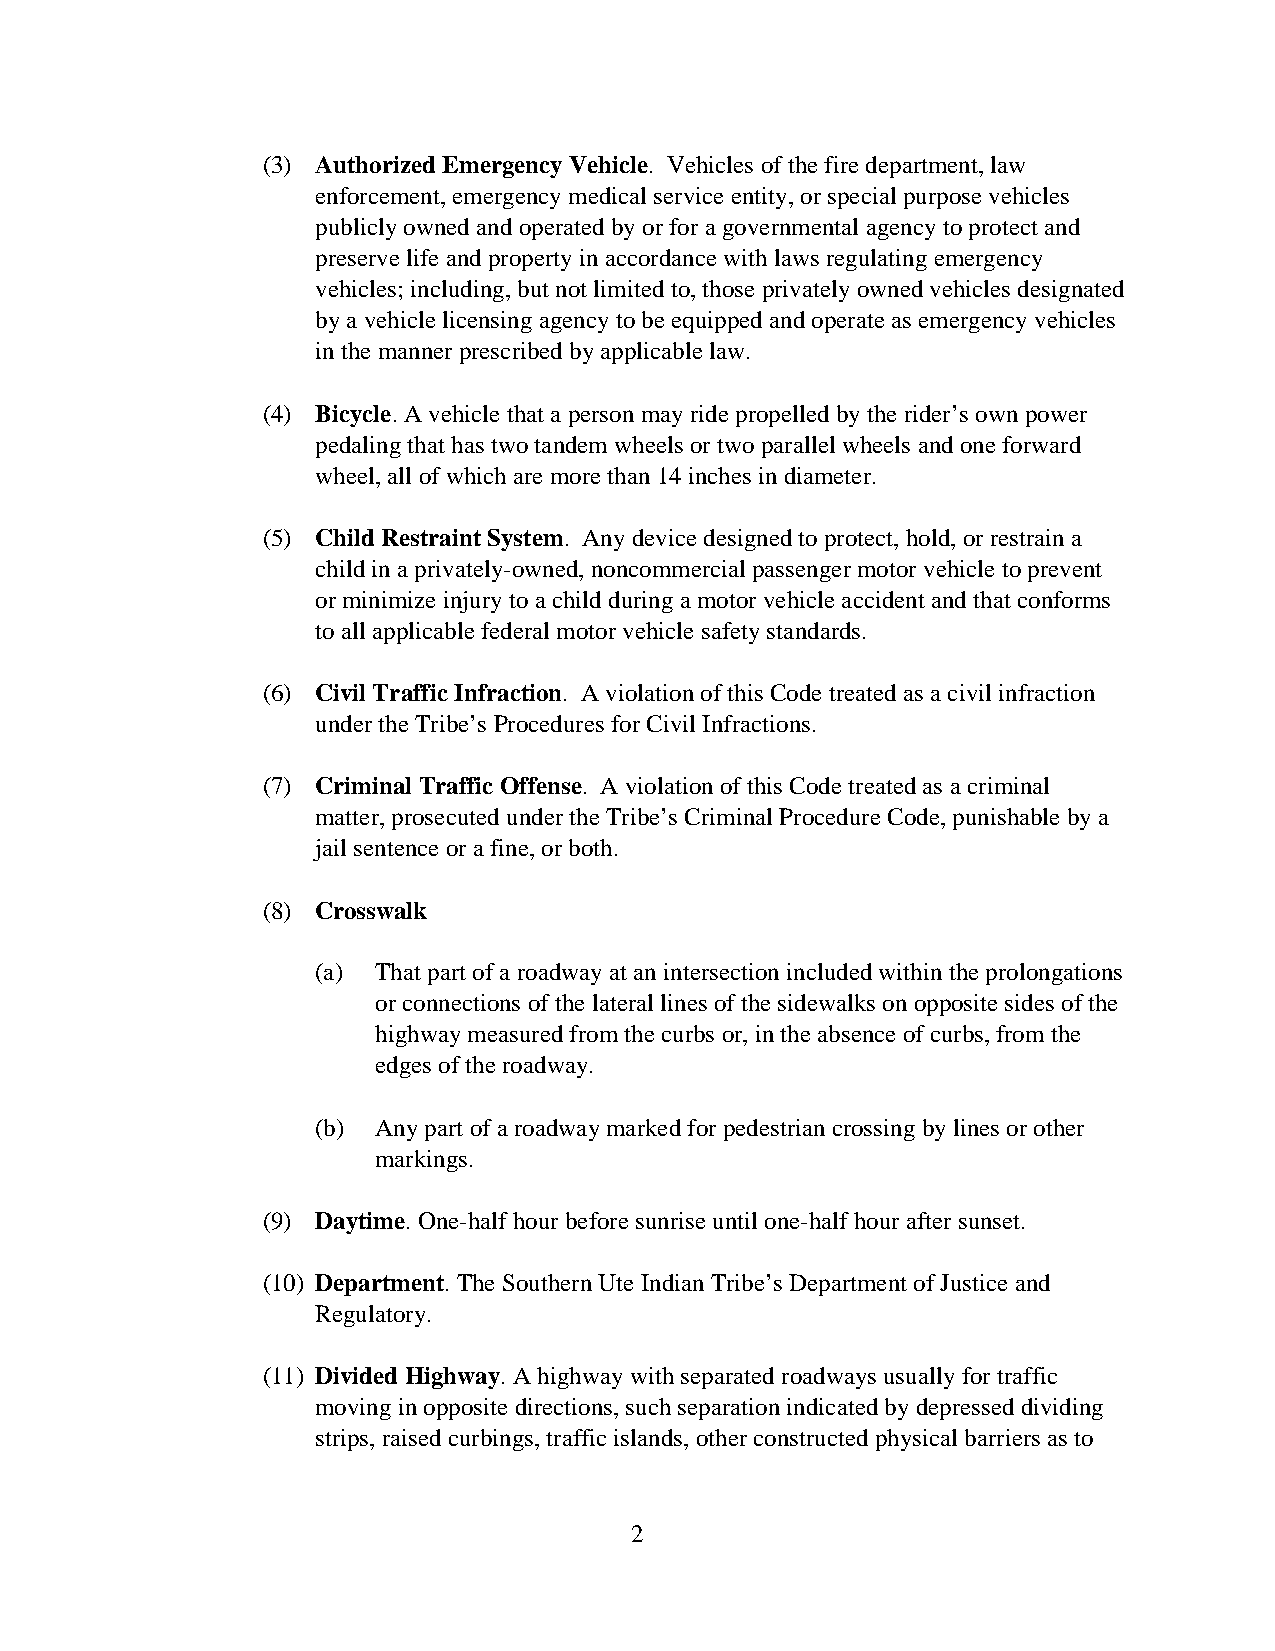
(3) Authorized Emergency Vehicle. Vehicles of the fire department, law
 enforcement, emergency medical service entity, or special purpose vehicles
 publicly owned and operated by or for a governmental agency to protect and
 preserve life and property in accordance with laws regulating emergency
 vehicles; including, but not limited to, those privately owned vehicles designated
 by a vehicle licensing agency to be equipped and operate as emergency vehicles
 in the manner prescribed by applicable law.
 (4) Bicycle. A vehicle that a person may ride propelled by the rider’s own power
 pedaling that has two tandem wheels or two parallel wheels and one forward
 wheel, all of which are more than 14 inches in diameter.
 (5) Child Restraint System. Any device designed to protect, hold, or restrain a
 child in a privately-owned, noncommercial passenger motor vehicle to prevent
 or minimize injury to a child during a motor vehicle accident and that conforms
 to all applicable federal motor vehicle safety standards.
 (6) Civil Traffic Infraction. A violation of this Code treated as a civil infraction
 under the Tribe’s Procedures for Civil Infractions.
 (7) Criminal Traffic Offense. A violation of this Code treated as a criminal
 matter, prosecuted under the Tribe’s Criminal Procedure Code, punishable by a
 jail sentence or a fine, or both.
 (8) Crosswalk
 (a) That part of a roadway at an intersection included within the prolongations
 or connections of the lateral lines of the sidewalks on opposite sides of the
 highway measured from the curbs or, in the absence of curbs, from the
 edges of the roadway.
 (b) Any part of a roadway marked for pedestrian crossing by lines or other
 markings.
 (9) Daytime. One-half hour before sunrise until one-half hour after sunset.
 (10) Department. The Southern Ute Indian Tribe’s Department of Justice and
 Regulatory.
 (11) Divided Highway. A highway with separated roadways usually for traffic
 moving in opposite directions, such separation indicated by depressed dividing
 strips, raised curbings, traffic islands, other constructed physical barriers as to
 2